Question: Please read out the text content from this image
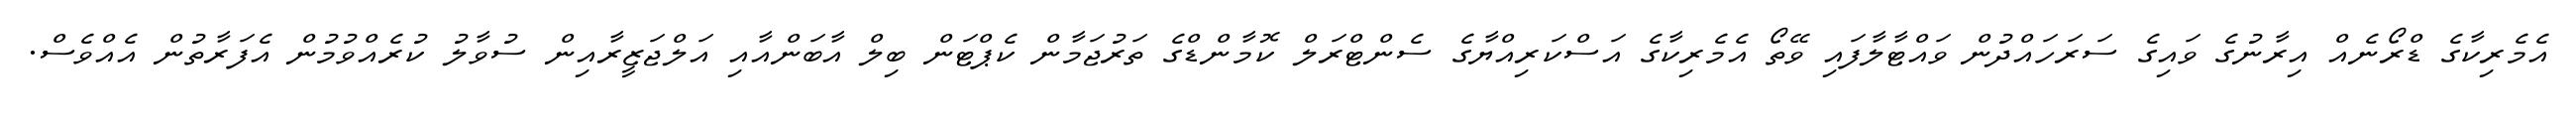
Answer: އެމެރިކާގެ ޑްރޯނެއް އިރާނުގެ ވައިގެ ސަރަހައްދުން ވައްޓާލާފައި ވޭތޯ އެމެރިކާގެ އަސްކަރިއްޔާގެ ސެންޓްރަލް ކޮމާންޑްގެ ތަރުޖަމާން ކެޕްޓަން ބިލް އާބަންއާއި އަލްޖަޒީރާއިން ސުވާލު ކުރެއްވުމުން އެފަރާތުން އެއްވެސް.